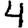
Digit: 4